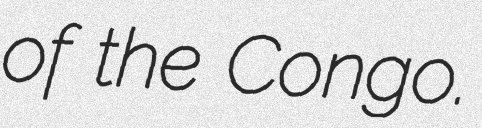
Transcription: of the Congo.